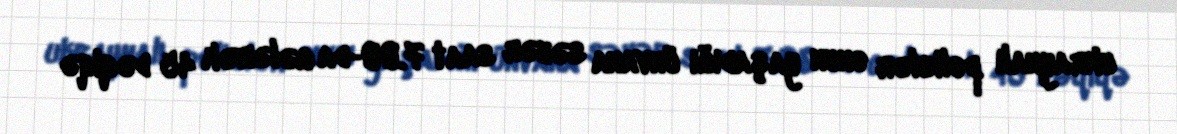
ukraynalı polislər onun yaşadığı ünvana səhər saat 7.00-da gələrək 45 dəqiqə